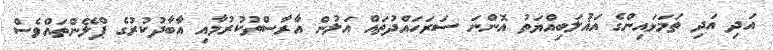
އަދި އަދި ތަމަޅައިންގެ އަޣުލަބިއްޔަތު އޮންނަ ސަރަހައްދުތައް އަލުން އާރާސްތުކުރުމާއި އާބާދުކުރުގެ ޕްލޭންތައްވެސް